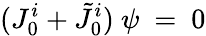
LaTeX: (J_{0}^{i}+\tilde{J}_{0}^{i})\ \psi\ =\ 0